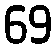
69